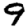
Digit: 9